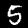
Label: 5